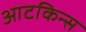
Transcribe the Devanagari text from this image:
आटकिन्स